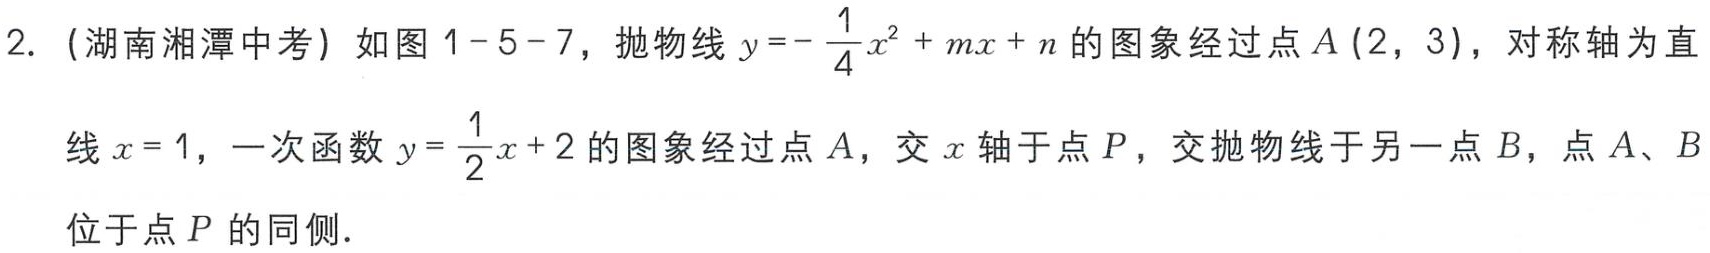
2. (湖南湘潭中考) 如图1 - 5 - 7，抛物线\(y =-\frac{1}{4}x^{2}+mx + n\)的图象经过点\(A(2,3)\)，对称轴为直

线\(x = 1\)，一次函数\(y=\frac{1}{2}x + 2\)的图象经过点\(A\)，交\(x\)轴于点\(P\)，交抛物线于另一点\(B\)，点\(A\)、\(B\)

位于点\(P\)的同侧．